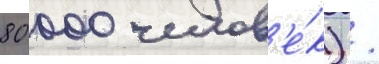
80 000 челов'е́к) /